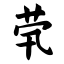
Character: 茕